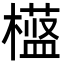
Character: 𬄱